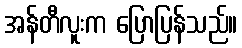
အန်တီလူးက ပြောပြန်သည်။